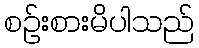
စဉ်းစားမိပါသည်